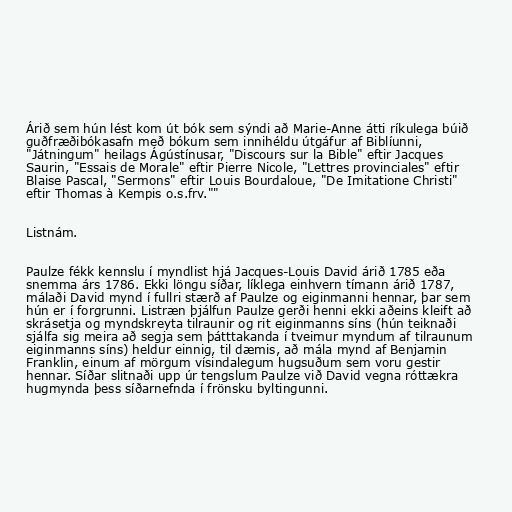
Árið sem hún lést kom út bók sem sýndi að Marie-Anne átti ríkulega búið
guðfræðibókasafn með bókum sem innihéldu útgáfur af Biblíunni,
"Játningum" heilags Ágústínusar, "Discours sur la Bible" eftir Jacques
Saurin, "Essais de Morale" eftir Pierre Nicole, "Lettres provinciales" eftir
Blaise Pascal, "Sermons" eftir Louis Bourdaloue, "De Imitatione Christi"
eftir Thomas à Kempis o.s.frv.""

Listnám.

Paulze fékk kennslu í myndlist hjá Jacques-Louis David árið 1785 eða
snemma árs 1786. Ekki löngu síðar, líklega einhvern tímann árið 1787,
málaði David mynd í fullri stærð af Paulze og eiginmanni hennar, þar sem
hún er í forgrunni. Listræn þjálfun Paulze gerði henni ekki aðeins kleift að
skrásetja og myndskreyta tilraunir og rit eiginmanns síns (hún teiknaði
sjálfa sig meira að segja sem þátttakanda í tveimur myndum af tilraunum
eiginmanns síns) heldur einnig, til dæmis, að mála mynd af Benjamin
Franklin, einum af mörgum vísindalegum hugsuðum sem voru gestir
hennar. Síðar slitnaði upp úr tengslum Paulze við David vegna róttækra
hugmynda þess síðarnefnda í frönsku byltingunni.